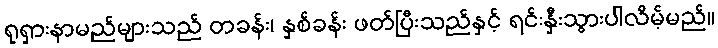
ရုရှားနာမည်များသည် တခန်း၊ နှစ်ခန်း ဖတ်ပြီးသည်နှင့် ရင်းနှီးသွားပါလိမ့်မည်။